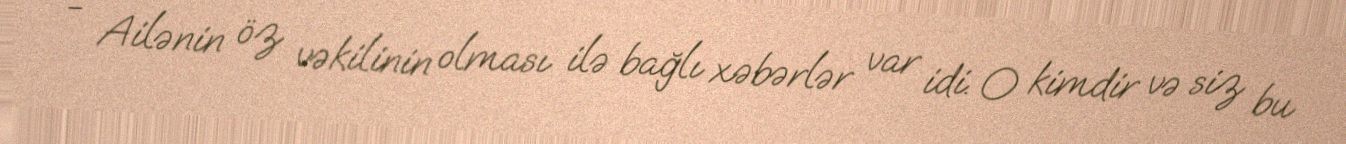
- Ailənin öz vəkilinin olması ilə bağlı xəbərlər var idi. O kimdir və siz bu